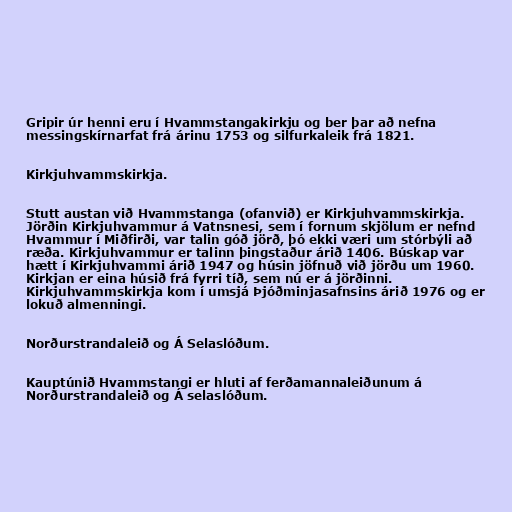
Gripir úr henni eru í Hvammstangakirkju og ber þar að nefna
messingskírnarfat frá árinu 1753 og silfurkaleik frá 1821.

Kirkjuhvammskirkja.

Stutt austan við Hvammstanga (ofanvið) er Kirkjuhvammskirkja.
Jörðin Kirkjuhvammur á Vatnsnesi, sem í fornum skjölum er nefnd
Hvammur í Miðfirði, var talin góð jörð, þó ekki væri um stórbýli að
ræða. Kirkjuhvammur er talinn þingstaður árið 1406. Búskap var
hætt í Kirkjuhvammi árið 1947 og húsin jöfnuð við jörðu um 1960.
Kirkjan er eina húsið frá fyrri tíð, sem nú er á jörðinni.
Kirkjuhvammskirkja kom í umsjá Þjóðminjasafnsins árið 1976 og er
lokuð almenningi.

Norðurstrandaleið og Á Selaslóðum.

Kauptúnið Hvammstangi er hluti af ferðamannaleiðunum á
Norðurstrandaleið og Á selaslóðum.